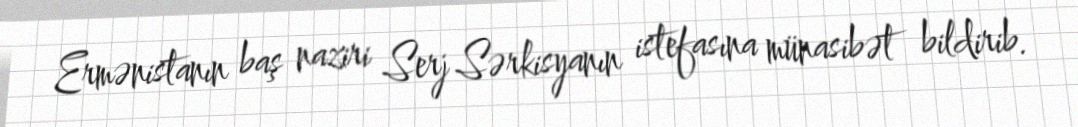
Ermənistanın baş naziri Serj Sərkisyanın istefasına münasibət bildirib.